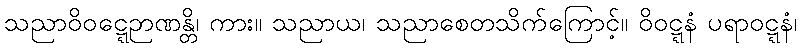
သညာဝိဝဋ္ဋေဉာဏန္တိ၊ ကား။ သညာယ၊ သညာစေတသိက်ကြောင့်။ ဝိဝဋ္ဋနံ ပရာဝဋ္ဋနံ၊